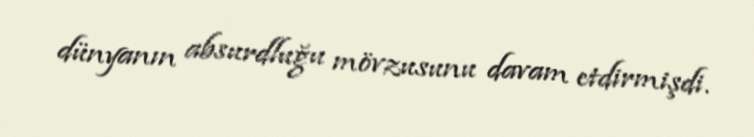
dünyanın absurdluğu mövzusunu davam etdirmişdi.